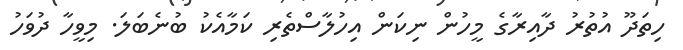
ހިތަދޫ އުތުރު ދާއިރާގެ މީހުން ނިކަން އިހުލާސްތެރި ކަމާއެކު ބުނެބަލަ. މިވީހާ ދުވަހު